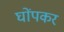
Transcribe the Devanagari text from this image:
घोंपकर